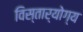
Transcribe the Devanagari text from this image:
विस्तार्योग्य